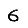
Digit: 6